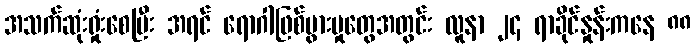
အသက်ဆုံးရှုံးစေပြီး အရင် ရောဂါဖြစ်ပွားမှုတွေအတွင်း လူနာ ၂၄ ရာခိုင်နှုန်းကနေ ၈၈